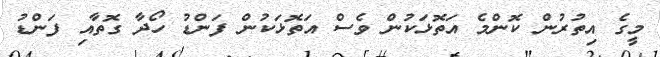
މީގެ އިތުރުން ކޮންމެ އަތޮޅަކުން ވެސް އަތޮޅަކުން ފަންޑު ހޯދާ ގޮތާއި ފަންޑު